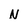
Character: N